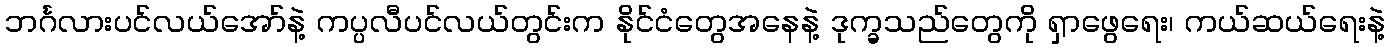
ဘင်္ဂလားပင်လယ်အော်နဲ့ ကပ္ပလီပင်လယ်တွင်းက နိုင်ငံတွေအနေနဲ့ ဒုက္ခသည်တွေကို ရှာဖွေရေး၊ ကယ်ဆယ်ရေးနဲ့